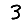
Digit: 3